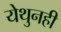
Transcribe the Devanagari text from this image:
येथुनही